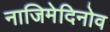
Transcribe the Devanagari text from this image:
नाजिमेदिनोव